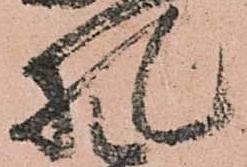
札